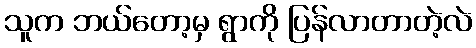
သူက ဘယ်တော့မှ ရွာကို ပြန်လာတာတဲ့လဲ